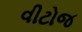
વીટોજ